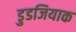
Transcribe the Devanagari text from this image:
डुडजियाक